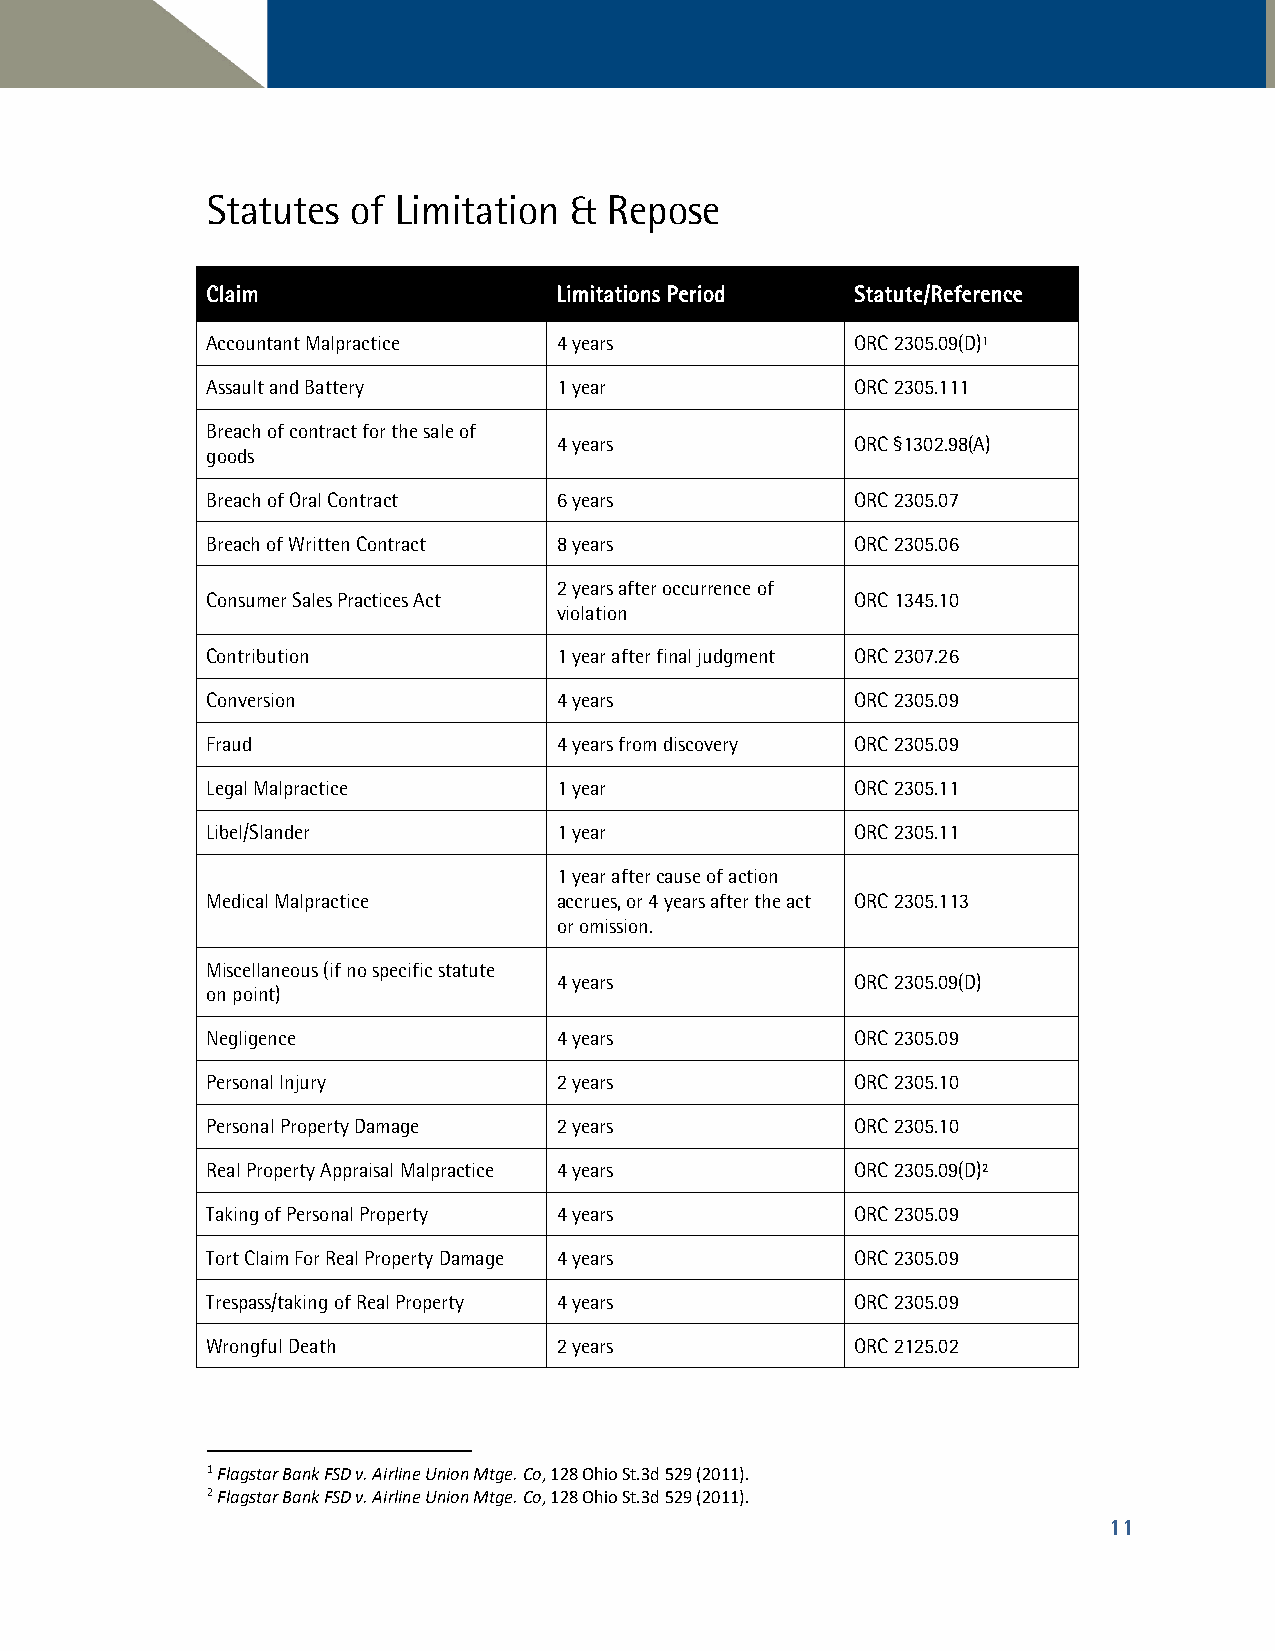
Statutes of Limitation  & Repose
 CCllaaiimm             LLiimmiittaattiioonnss PPeerriioodd SSttaattuuttee//RReeffeerreennccee
 Accountant Malpractice 4 years             ORC 2305.09(D)1
 Assault and Battery    1 year              ORC 2305.111
 Breach of contract for the sale of
 4 years             ORC §1302.98(A)
 goods
 Breach of Oral Contract 6 years            ORC 2305.07
 Breach of Written Contract 8 years         ORC 2305.06
 2 years after occurrence of
 Consumer Sales Practices Act               ORC 1345.10
 violation
 Contribution           1 year after final judgment ORC 2307.26
 Conversion             4 years             ORC 2305.09
 Fraud                  4 years from discovery ORC 2305.09
 Legal Malpractice      1 year              ORC 2305.11
 Libel/Slander          1 year              ORC 2305.11
 1 year after cause of action
 Medical Malpractice    accrues, or 4 years after the act ORC 2305.113
 or omission.
 Miscellaneous (if no specific statute
 4 years             ORC 2305.09(D)
 on point)
 Negligence             4 years             ORC 2305.09
 Personal Injury        2 years             ORC 2305.10
 Personal Property Damage 2 years           ORC 2305.10
 Real Property Appraisal Malpractice 4 years ORC 2305.09(D)2
 Taking of Personal Property 4 years        ORC 2305.09
 Tort Claim For Real Property Damage 4 years ORC 2305.09
 Trespass/taking of Real Property 4 years   ORC 2305.09
 Wrongful Death         2 years             ORC 2125.02
 1 Flagstar Bank FSD v. Airline Union Mtge. Co, 128 Ohio St.3d 529 (2011).
 2 Flagstar Bank FSD v. Airline Union Mtge. Co, 128 Ohio St.3d 529 (2011).
 11